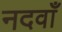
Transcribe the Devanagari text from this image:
नदवाँ